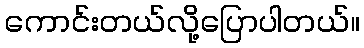
ကောင်းတယ်လို့ပြောပါတယ်။